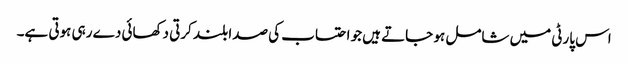
اس پارٹی میں شامل ہو جاتے ہیں جو احتساب کی صدا بلند کرتی دکھائی دے رہی ہوتی ہے۔